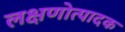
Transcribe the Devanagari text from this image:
लक्षणोत्पादक